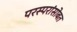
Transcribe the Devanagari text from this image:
परस्परांसोबत